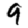
Digit: 9